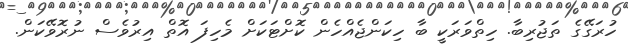
ހުރަގޭގެ ތަޖުރިބާ. ހިތްވަރަކީ ބާ ހިކަންޖެއްހެން ކޮށްޓަކަށް މެހިފަ އޮތް އިރުވެސް ނުރޮވޭކަން.